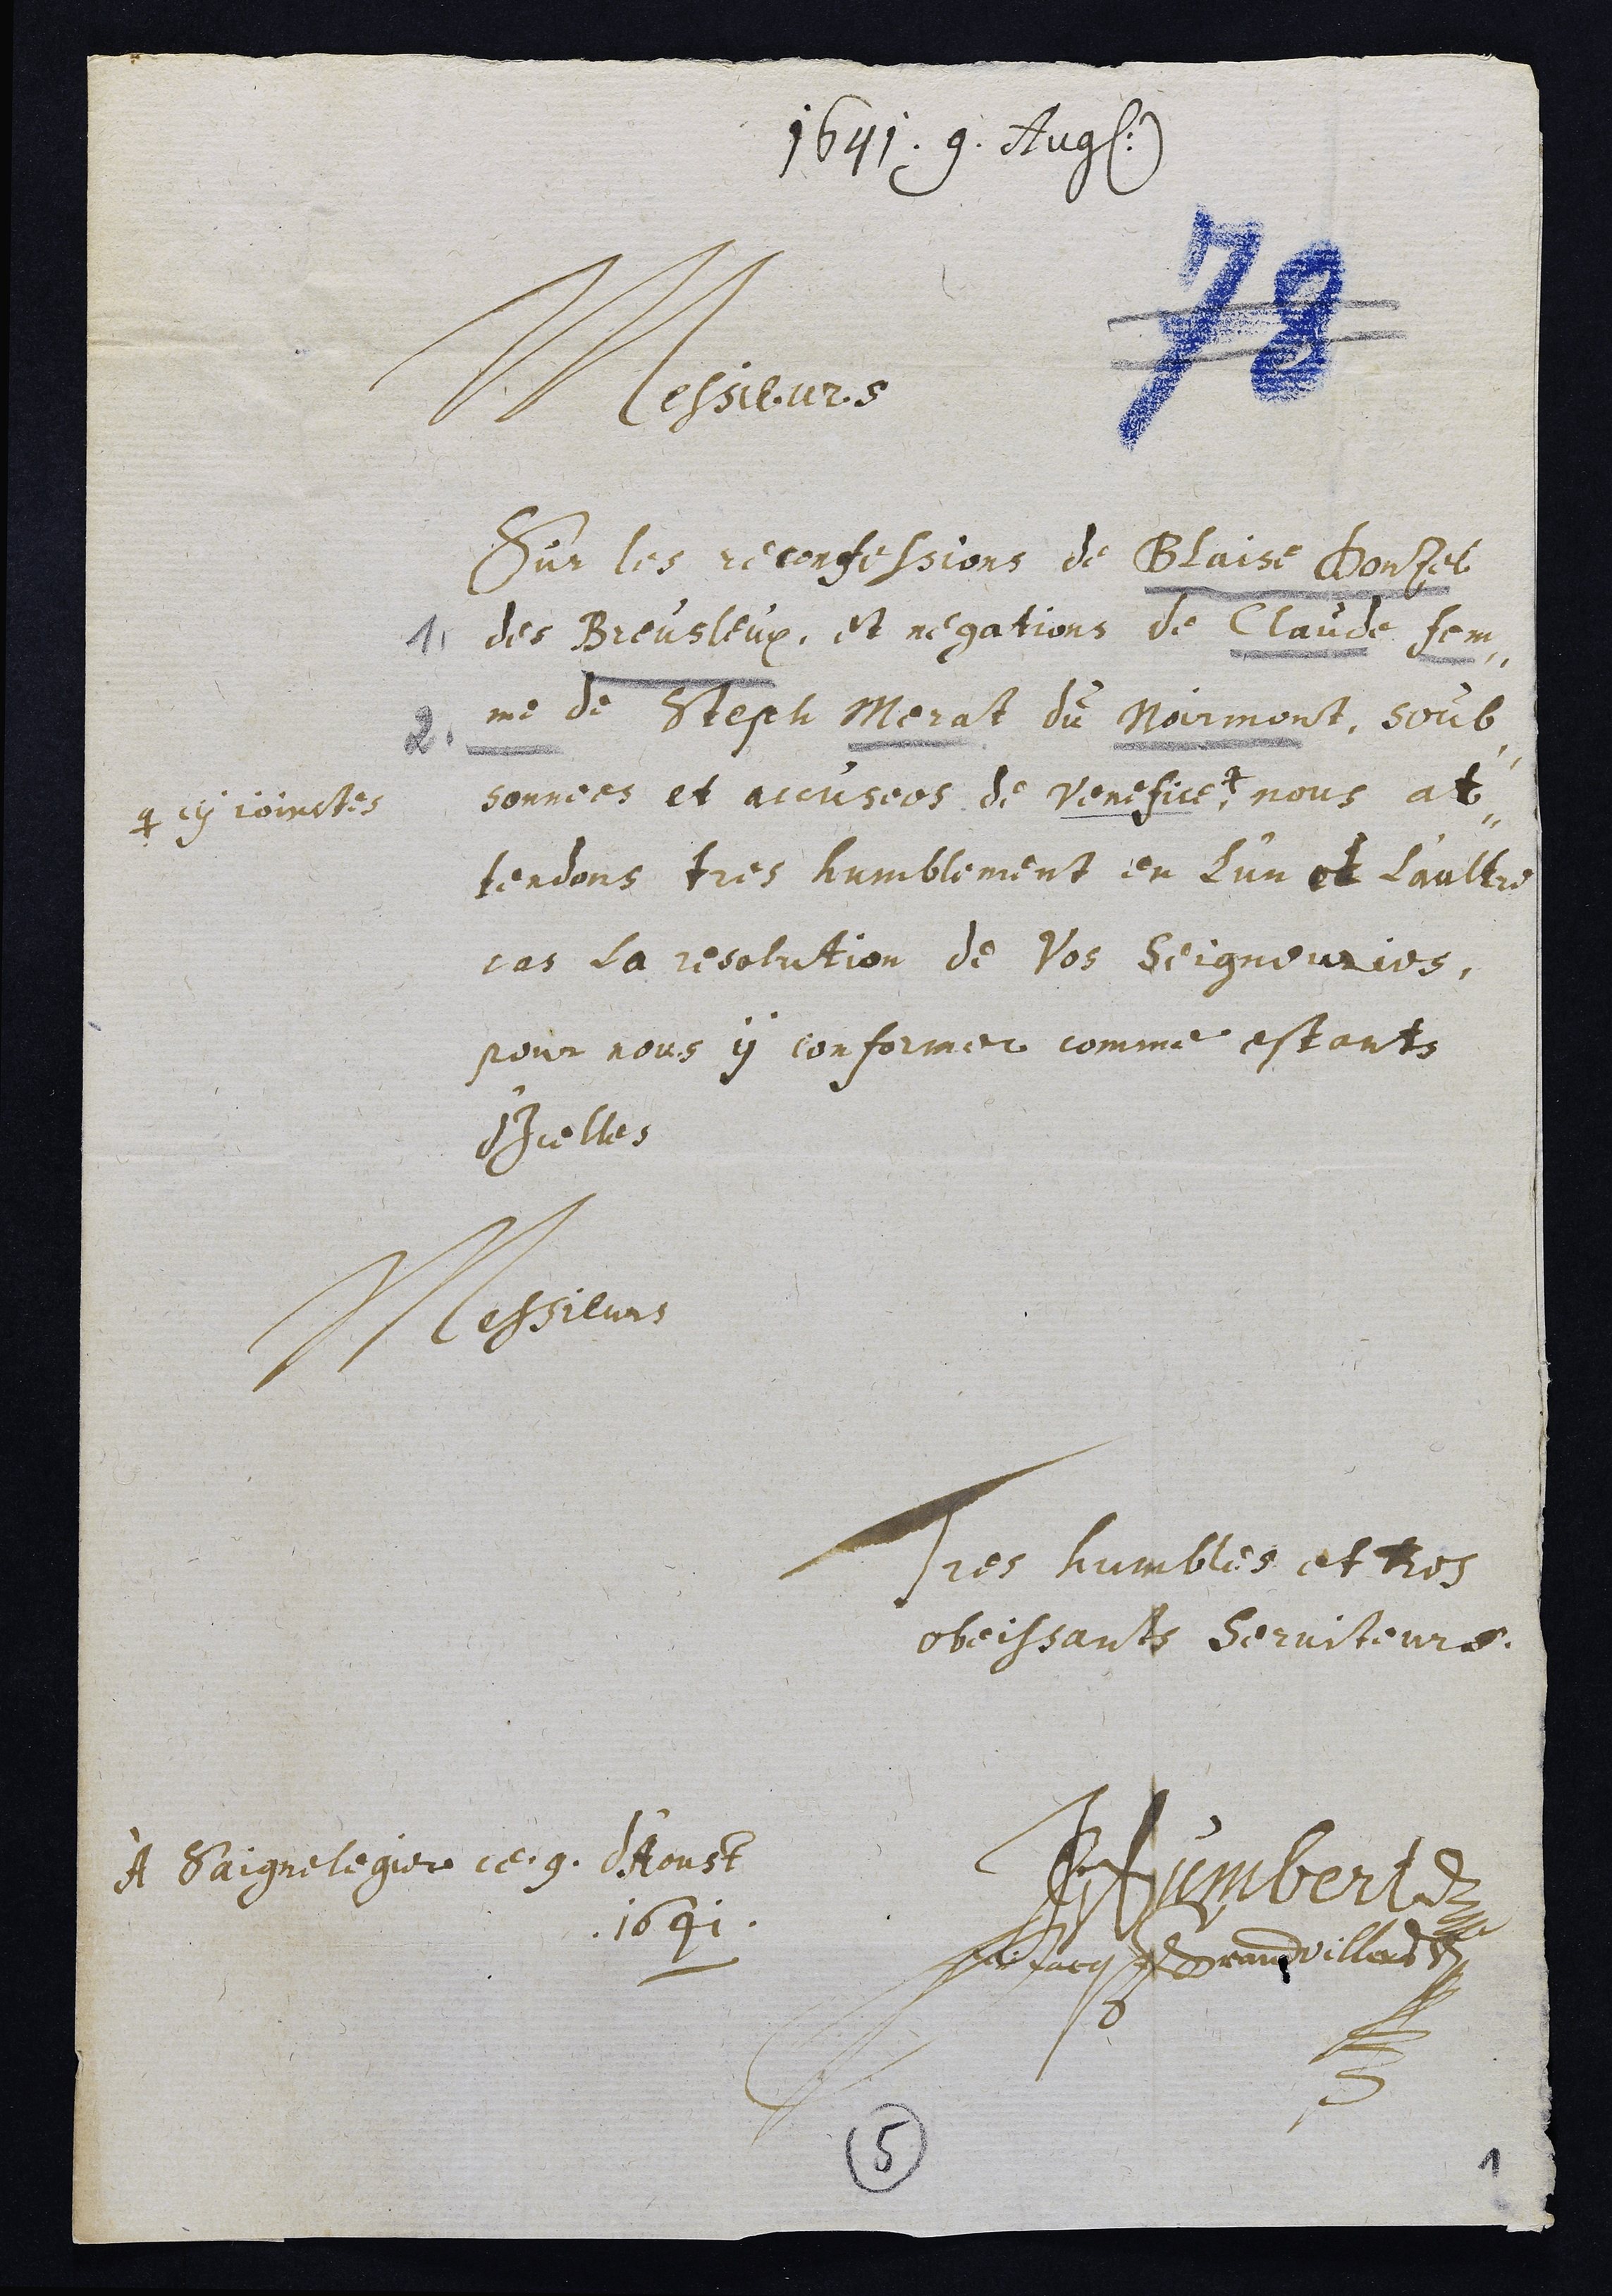
1641.9. Aug.
Messieurs
Sur les reconfessions de Blaise Donzel
1. des Breusleux, et negations de Claude fem¬
2. me de Steph Merat du Noirmont, soub¬
sonnees et accusees de venefice #,
# cy joinctes
nous at¬
tendons tres humblement en l’un et l’aultre
cas la resolution de Vos Seigneuries,
pour nous y conformer comme estants
d'Icelles
Messieurs
Tres humbles et tres
obeissants Serviteurs
JHumbert
Jo: Jacq Grandvillers
À Saignelegier ce 9. d'Aoust
1641
5
1